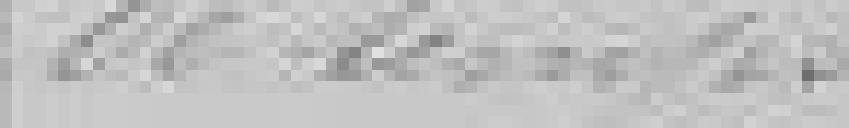
de temps.